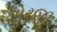
ગોરજી